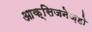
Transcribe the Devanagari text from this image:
आक्सिजनेज़हो